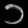
Digit: ၁